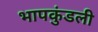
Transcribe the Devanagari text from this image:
भापकुंडली